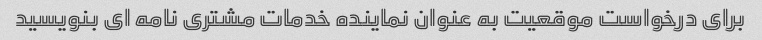
برای درخواست موقعیت به عنوان نماینده خدمات مشتری نامه ای بنویسید